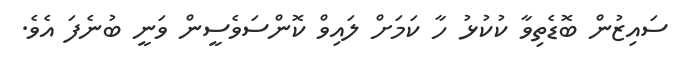
ސައިޒުން ބޮޑެތިވާ ކުކުޅު ހާ ކަމަށް ލައިވް ކޮންސަވެސީން ވަނީ ބުނެފަ އެވެ.